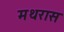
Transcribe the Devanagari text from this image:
मथरास